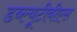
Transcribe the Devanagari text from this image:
डब्ल्यूटीबीएस